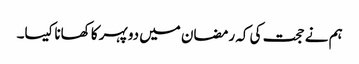
ہم نے حجت کی کہ رمضان میں دوپہر کا کھانا کیسا۔